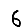
Digit: 6